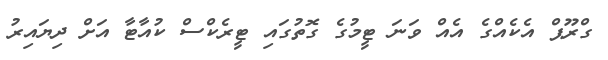
ގްރޫޕް އެކެއްގެ އެއް ވަނަ ޓީމުގެ ގޮތުގައި ޓީރެކްސް ކުއާޓާ އަށް ދިޔައިރު